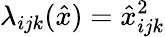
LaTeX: \lambda_{ijk}(\hat{x})=\hat{x}_{ijk}^{2}